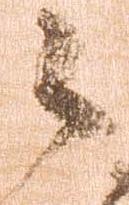
々